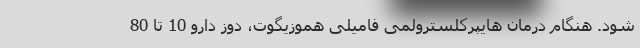
شود. هنگام درمان هایپرکلسترولمی فامیلی هموزیگوت، دوز دارو 10 تا 80